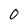
Character: 0